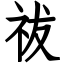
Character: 祓